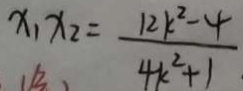
x _ { 1 } x _ { 2 } = \frac { 1 2 k ^ { 2 } - 4 } { 4 k ^ { 2 } + 1 }